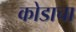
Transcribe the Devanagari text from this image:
कोडाचा